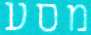
מסע